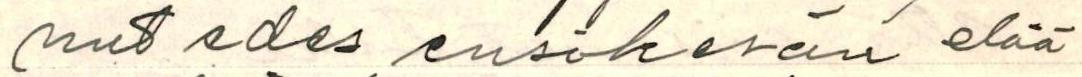
nut edes ensikesän elää